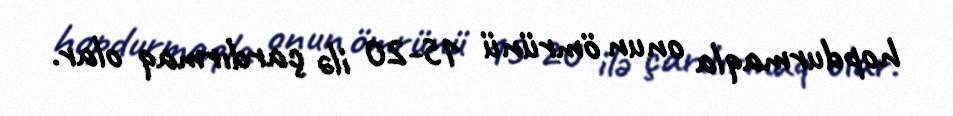
hopdurmaqla onun ömrünü 15-20 ilə çardırmaq olar.